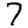
Digit: 7